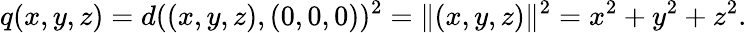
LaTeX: q(x,y,z)=d((x,y,z),(0,0,0))^{2}=\| (x,y,z)\| ^{2}=x^{2}+y^{2}+z^{2}.